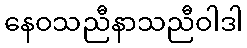
နေဝသညီနာသညီဝါဒါ